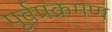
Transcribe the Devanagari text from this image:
पूर्वप्रक्रमण